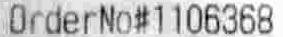
ORDERNO#1106368